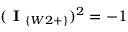
( \textbf { I } _ { \{ W 2 + \} } ) ^ { 2 } = - 1